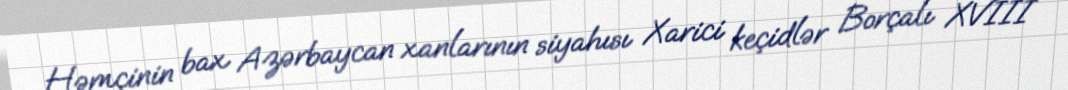
Həmçinin bax Azərbaycan xanlarının siyahısı Xarici keçidlər Borçalı XVIII